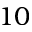
1 0